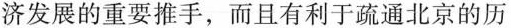
济发展的重要推手，而且有利于疏通北京的历